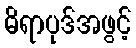
ဓိရာပုဒ်အဖွင့်